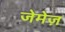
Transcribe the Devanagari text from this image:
जेमेज़